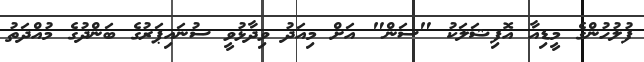
ފުލުހުންގެ މީޑިއާ އޮފިޝަލަކު "ސަން" އަށް މިއަދު ވިދާޅުވީ ސުނައިޕަރުގެ ބަންދުގެ މުއްދަތު